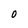
Character: O